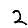
Digit: 2